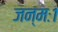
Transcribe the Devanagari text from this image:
जन्मः१